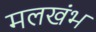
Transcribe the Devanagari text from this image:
मलखंभ